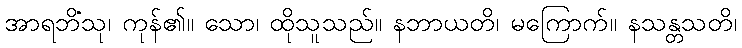
အာရဘိံသု၊ ကုန်၏။ သော၊ ထိုသူသည်။ နဘာယတိ၊ မကြောက်။ နသန္တသတိ၊